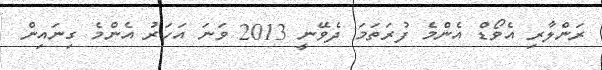
ރަންލާރި އެވޯޑް އެންމެ ފުރަތަމަ ދެވޭނީ 2013 ވަނަ އަހަރު އެންމެ ގިނައިން